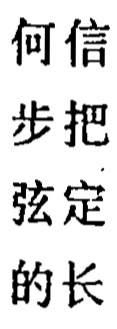
何信步把弦定的长